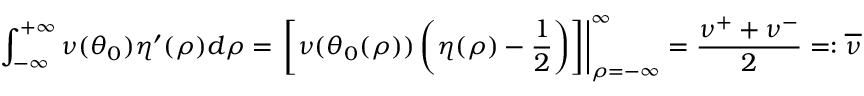
\int _ { - \infty } ^ { + \infty } \nu ( \theta _ { 0 } ) \eta ^ { \prime } ( \rho ) d \rho = \left. \left[ \nu ( \theta _ { 0 } ( \rho ) ) \left( \eta ( \rho ) - \frac 1 2 \right) \right] \right| _ { \rho = - \infty } ^ { \infty } = \frac { \nu ^ { + } + \nu ^ { - } } 2 = : \overline { { \nu } }